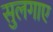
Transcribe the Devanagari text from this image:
सुलगाए